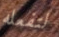
لتفعله